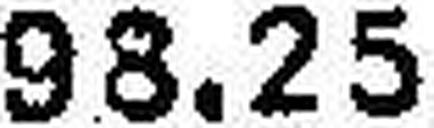
98.25